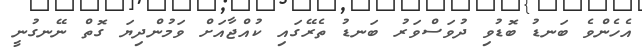
އެހެންވެ ބަނޑު ބޮޑުވި ދުވަސްވަރު ބަނޑު ތެރޭގައި ކުއްޖާއަށް ވަމުންދިޔަ ގޮތް ނޭނގުނީ